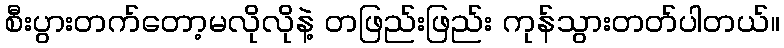
စီးပွားတက်တော့မလိုလိုနဲ့ တဖြည်းဖြည်း ကုန်သွားတတ်ပါတယ်။